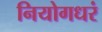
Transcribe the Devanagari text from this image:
नियोगधरं